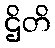
ဌိတိ